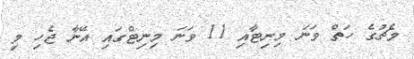
މެޗުގެ ހަތް ވަނަ މިނިޓާއި 11 ވަނަ މިނިޓްގައި އޭނާ ޖެހި މި